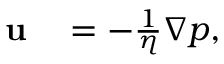
\begin{array} { r l } { \mathbf { u } } & { { } = - \frac { 1 } { \eta } \nabla p , } \end{array}